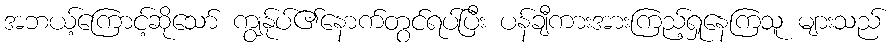
အဘယ့်ကြောင့်ဆိုသော် ကျွန်ုပ်၏နောက်တွင်ရပ်ပြီး ပန်ချီကားအားကြည့်ရှုနေကြသူ များသည်